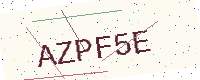
Text: AZPF5E